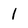
Character: 1